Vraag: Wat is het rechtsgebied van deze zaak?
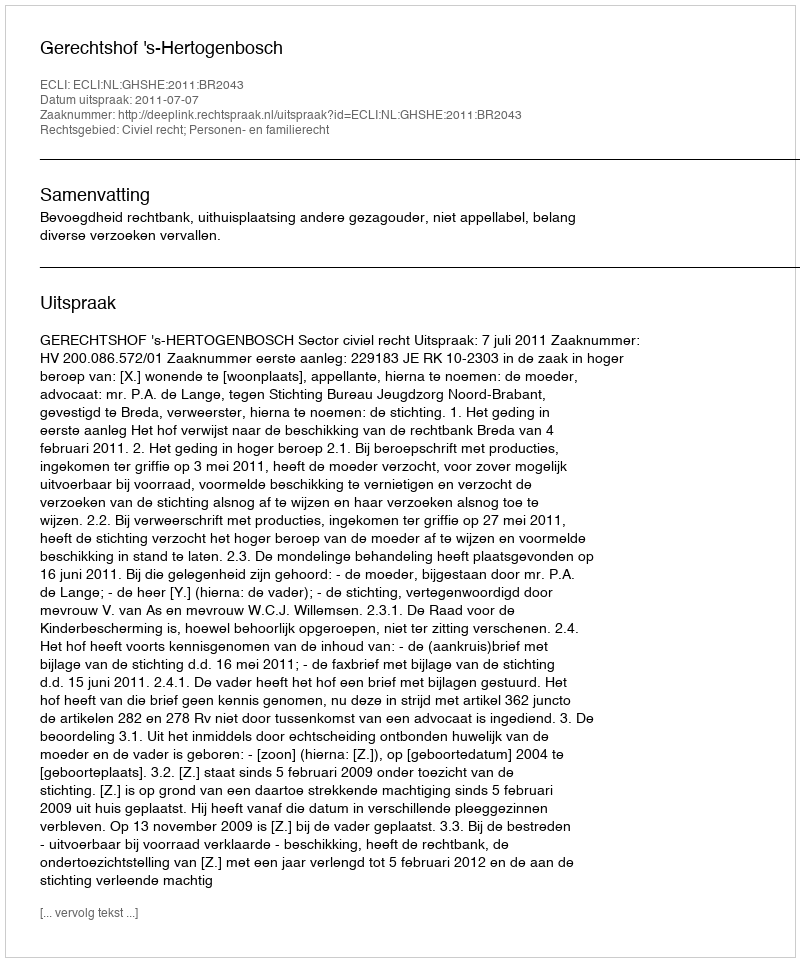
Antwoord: Civiel recht; Personen- en familierecht